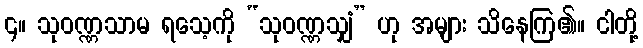
၄။ သုဝဏ္ဏသာမ ရသေ့ကို “သုဝဏ္ဏသျှံ” ဟု အများ သိနေကြ၏။ ငါတို့